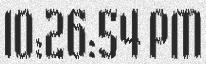
10:26:54 PM